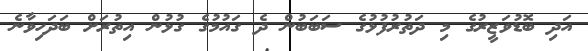
އަދި ބޮޑުވަޒީރުގެ މި ދަތުރުފުޅުގެ ސަބަބުން ދެ ގައުމުގެ ގުޅުން އިތުރަށް ބަދަހިވާނެ